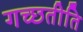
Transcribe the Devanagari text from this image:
गच्छतीति